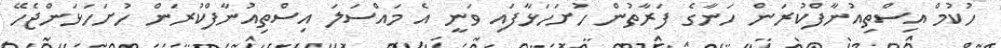
ހުކުމް އިސްތިއުނާފްކުރަން ހަނާގެ ފަރާތުން ހުށަހަޅާފައި ވަނީ އެ މައްސަލަ އިސްތިއުނާފްކުރަން ހުށަހަޅަންޖެހޭ